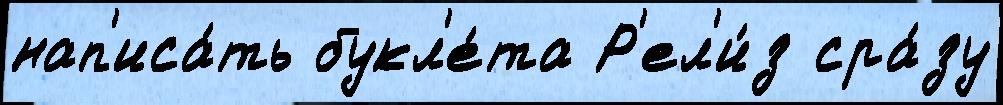
нап'иса́ть букл'е́та Р'ел'и́з сра́зу